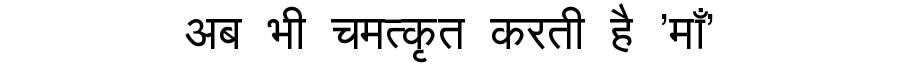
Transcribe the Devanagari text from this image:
अब भी चमत्कृत करती है 'माँ'